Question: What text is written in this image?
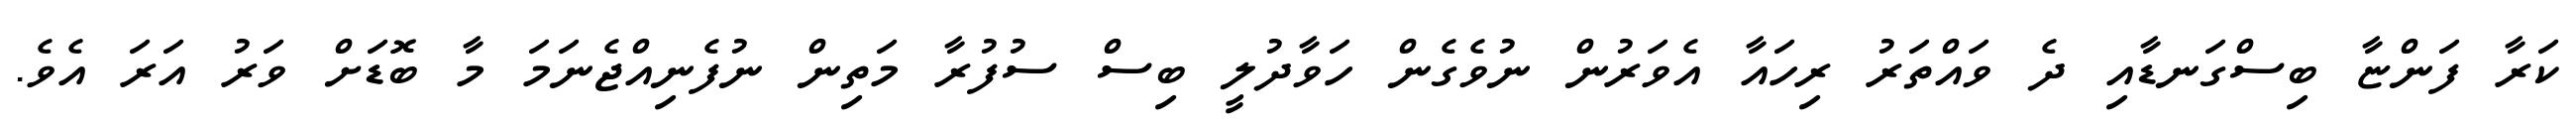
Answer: ކަރާ ފަންޏާ ބިސްގަނޑާއި ދެ ވައްތަރު ރިހައާ އެވަރުން ނުވެގެން ހަވާދުލީ ބިސް ސުފުރާ މަތިން ނުފެނިއްޖެނަމަ މާ ބޮޑަށް ވަރު އަރަ އެވެ.